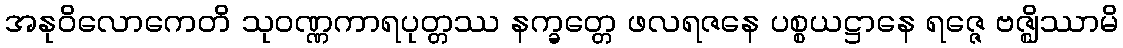
အနုဝိလောကေတိ သုဝဏ္ဏကာရပုတ္တဿ နက္ခတ္တေ ဖလရဇနေ ပစ္စယဋ္ဌာနေ ရဇ္ဇေ ဗဇ္ဈိဿာမိ